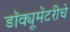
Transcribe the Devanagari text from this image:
डॉक्यूमेंटरीचे